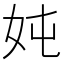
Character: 𮰹